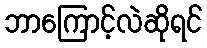
ဘာကြောင့်လဲဆိုရင်